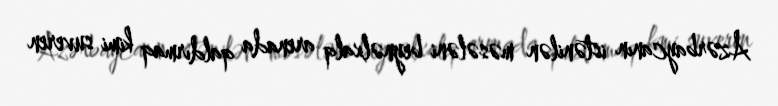
Azərbaycanın istənilən məsələni beynəlxalq arenada qaldırmaq kimi suveren